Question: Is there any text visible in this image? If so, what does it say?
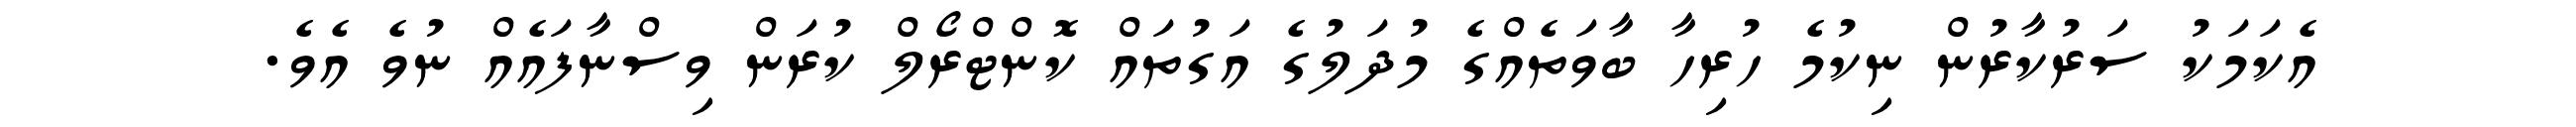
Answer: އެކަމަކު ސަރުކާރުން ނިކުމެ ހުރިހާ ބާވަތެއްގެ މުދަލުގެ އަގުތައް ކޮންޓްރޯލް ކުރަން ވިސްނާފައެއް ނުވެ އެވެ.